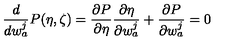
\frac { d } { d w _ { a } ^ { j } } P ( \eta , \zeta ) = \frac { \partial P } { \partial \eta } \frac { \partial \eta } { \partial w _ { a } ^ { j } } + \frac { \partial P } { \partial w _ { a } ^ { j } } = 0